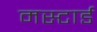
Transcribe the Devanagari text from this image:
मस्टार्ड